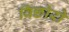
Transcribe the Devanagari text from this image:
विछोरो